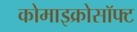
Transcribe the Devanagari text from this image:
कोमाइक्रोसॉफ्ट